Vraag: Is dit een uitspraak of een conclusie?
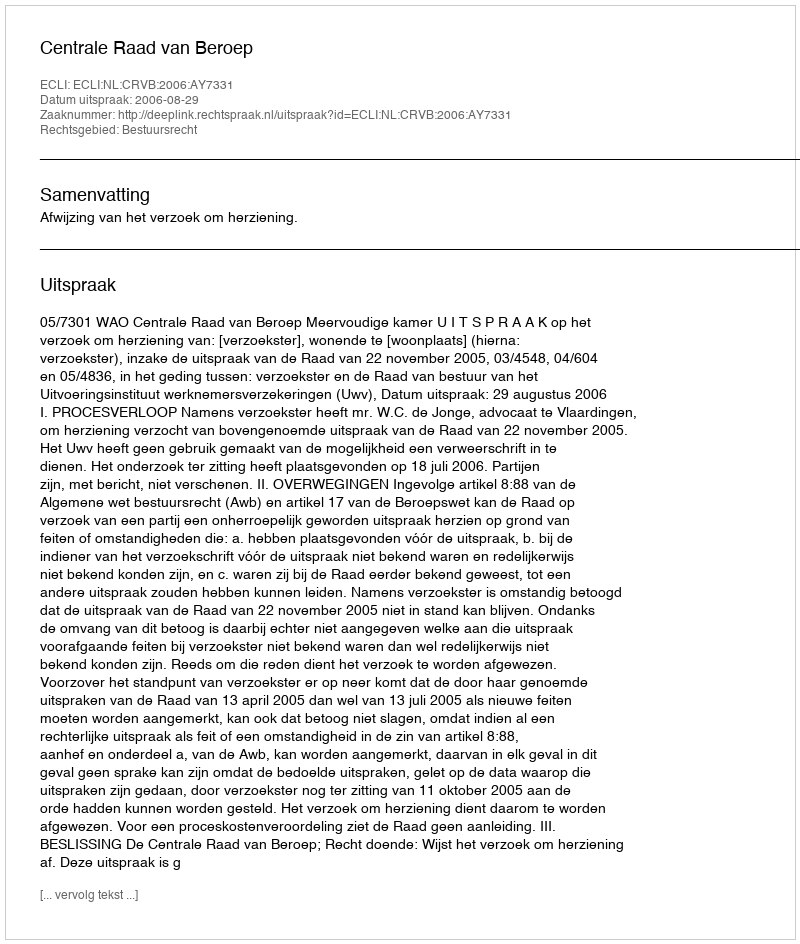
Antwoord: Uitspraak